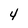
Character: 4